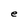
Character: e